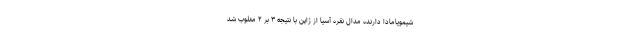
شیمویامادا دارنده مدال نقره آسیا از ژاپن با نتیجه ۳ بر ۲ مغلوب شد